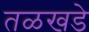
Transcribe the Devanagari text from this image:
तळखडे